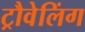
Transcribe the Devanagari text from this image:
ट्रौवेलिंग